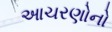
આચરણોનો